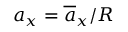
a _ { x } = \overline { { a } } _ { x } / R